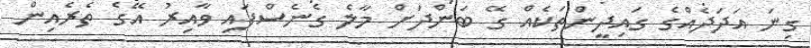
ގިނަ އަދަދެއްގެ ގައިދީންތަކެއް ގޭ ބަންދަށް މާލެ ގެނެސްފައި ވާއިރު އޭގެ ތެރެއިން